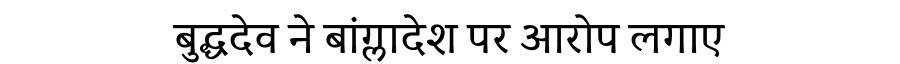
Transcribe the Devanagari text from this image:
बुद्धदेव ने बांग्लादेश पर आरोप लगाए